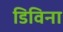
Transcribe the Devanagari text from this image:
डिविना